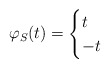
\begin{align*}\varphi_S(t) = \begin{cases}t & \\-t & \end{cases}\end{align*}